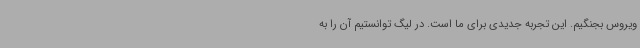
ویروس بجنگیم. این تجربه جدیدی برای ما است. در لیگ توانستیم آن را به